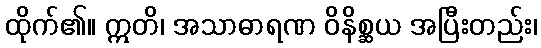
ထိုက်၏။ ဣတိ၊ အသာဓာရဏ ဝိနိစ္ဆယ အပြီးတည်း၊